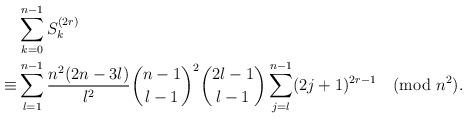
LaTeX: \begin{align*}&\sum_{k=0}^{n-1}S_k^{(2r)}\\\equiv&\sum_{l=1}^{n-1}\frac{n^2(2n-3l)}{l^2}\binom{n-1}{l-1}^2\binom{2l-1}{l-1}\sum_{j=l}^{n-1}(2j+1)^{2r-1}\pmod{n^2}.\end{align*}